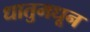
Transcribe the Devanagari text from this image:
धातुमधून